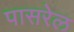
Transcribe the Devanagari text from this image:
पासरेल